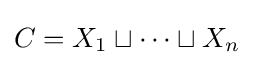
C=X_{1}\sqcup \cdots \sqcup X_{n}